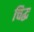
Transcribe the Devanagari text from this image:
चिद्ध